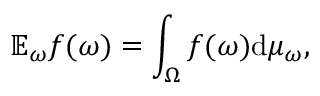
\mathbb { E } _ { \omega } f ( \omega ) = \int _ { \Omega } f ( \omega ) \mathrm { d } \mu _ { \omega } ,